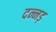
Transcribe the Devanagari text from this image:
दन्नड़